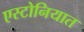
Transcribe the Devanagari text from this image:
एस्टोनियात